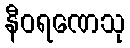
နီဝရဏေသု